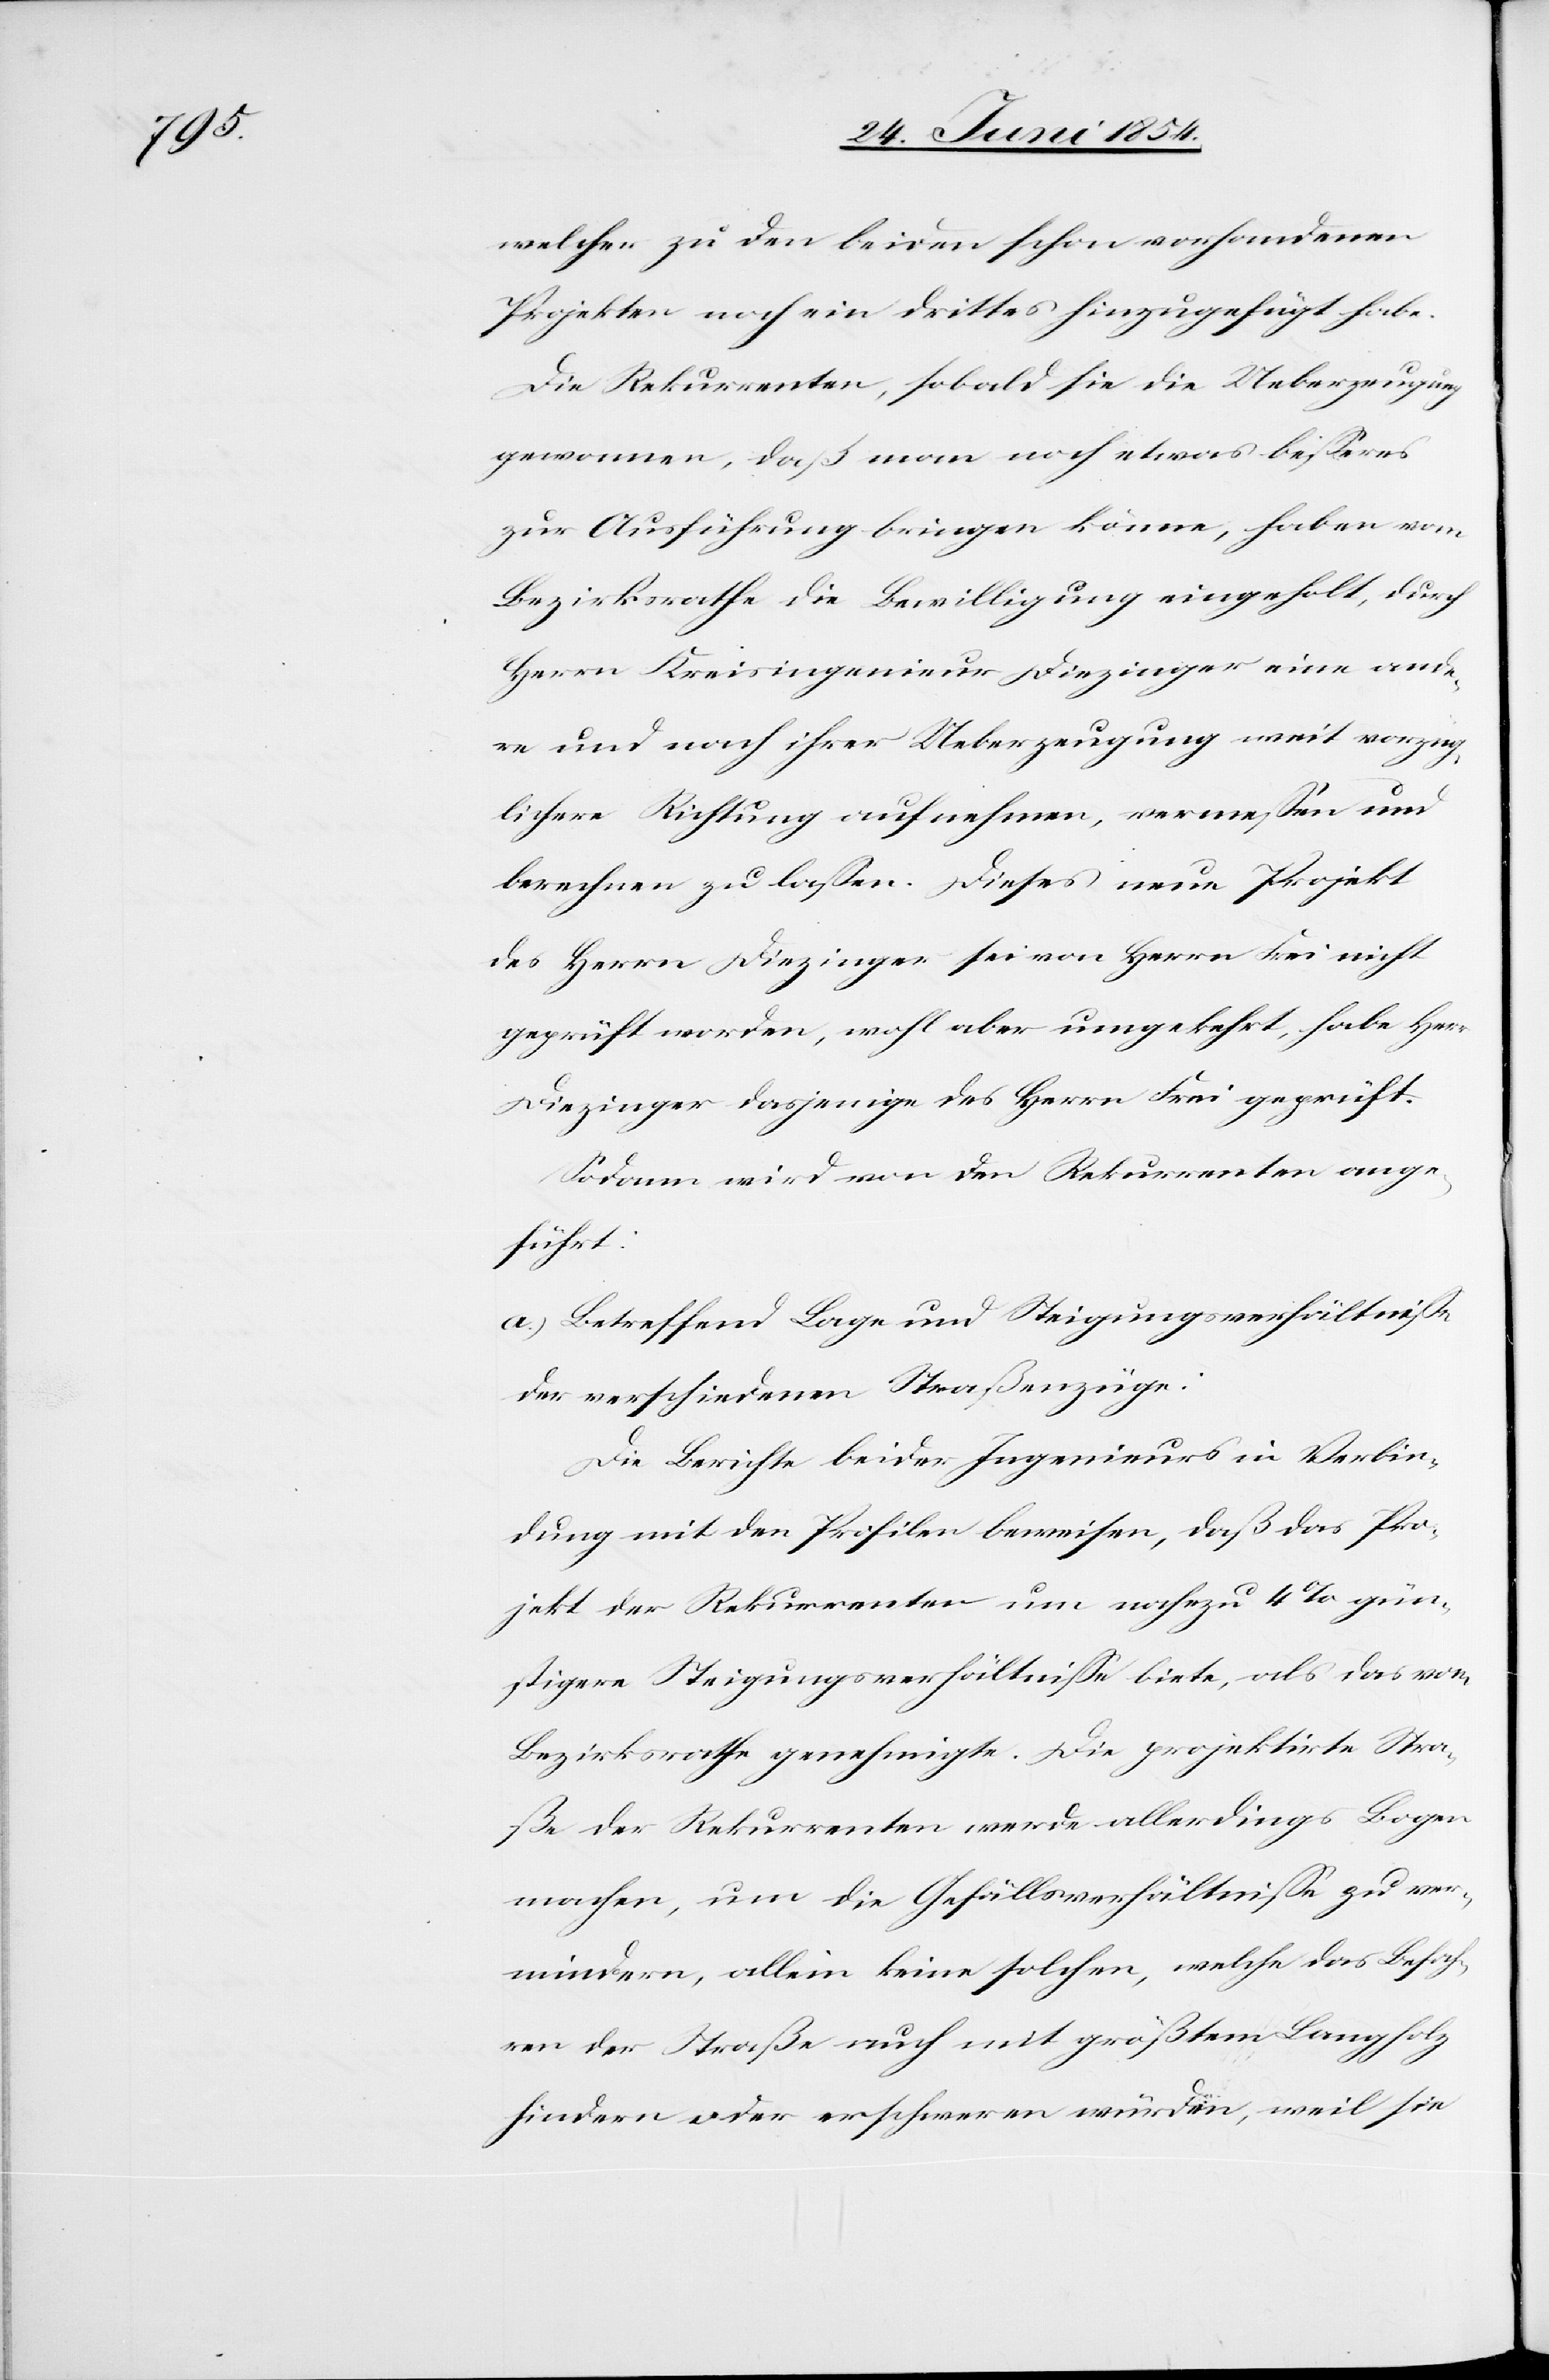
welcher zu den beiden schon vorhandenen
Projekte noch ein drittes hinzugefügt habe.
Die Rekurrenten, sobald sie die Ueberzeugung
gewonnen, daß man noch etwas beßeres
zur Ausführung bringen könne, haben vom
Bezirksrathe die Bewilligung eingeholt, durch
Herrn Kreisingenieur Diezinger eine ande¬
re und nach ihrer Ueberzeugung weite vorzüg¬
lichere Richtung aufnehmen, vermeßen und
berechnen zu laßen. Dieses neue Projekt
des Herrn Diezinger sei von Herrn Frei nicht
geprüft worden, wohl aber umgekehrt, habe Herr
Diezinger dasjenige des Herrn Frei geprüft.
Sodann wird von den Rekurrenten ange¬
führt:
a.) Betreffend Lage und Steigungsverhältniße
der verschiedenen Straßenzüge:
Die Berichte beider Ingenieurs in Verbin¬
dung mit den Profilen beweisen, daß das Pro¬
jekt der Rekurrenten um nahezu 4 % gün¬
stigere Steigungsverhältniße biete, als das vom
Bezirksrathe genehmigte. Die projektirte Stra¬
ße der Rekurrenten werde allerdings Bogen
machen, um die Gefällsverhältniße zu ver¬
mindern, allein keine solchen, welche das Befah¬
ren der Straße auch mit größtem Langholz
hindern oder erschweren würden, weil sie